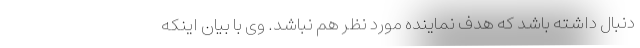
دنبال داشته باشد که هدف نماینده مورد نظر هم نباشد. وی با بیان اینکه